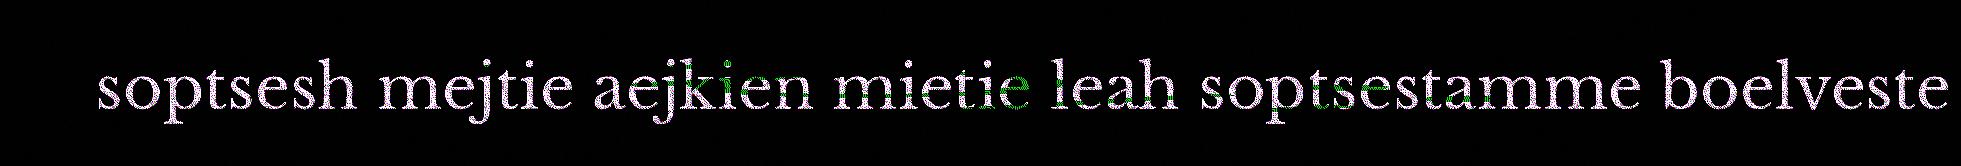
soptsesh mejtie aejkien mietie leah soptsestamme boelveste